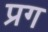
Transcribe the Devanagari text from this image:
प्रग